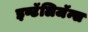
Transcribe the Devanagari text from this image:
इण्टॅलिजॅन्स